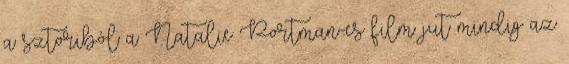
a sztoriból a Natalie Portman-es film jut mindig az